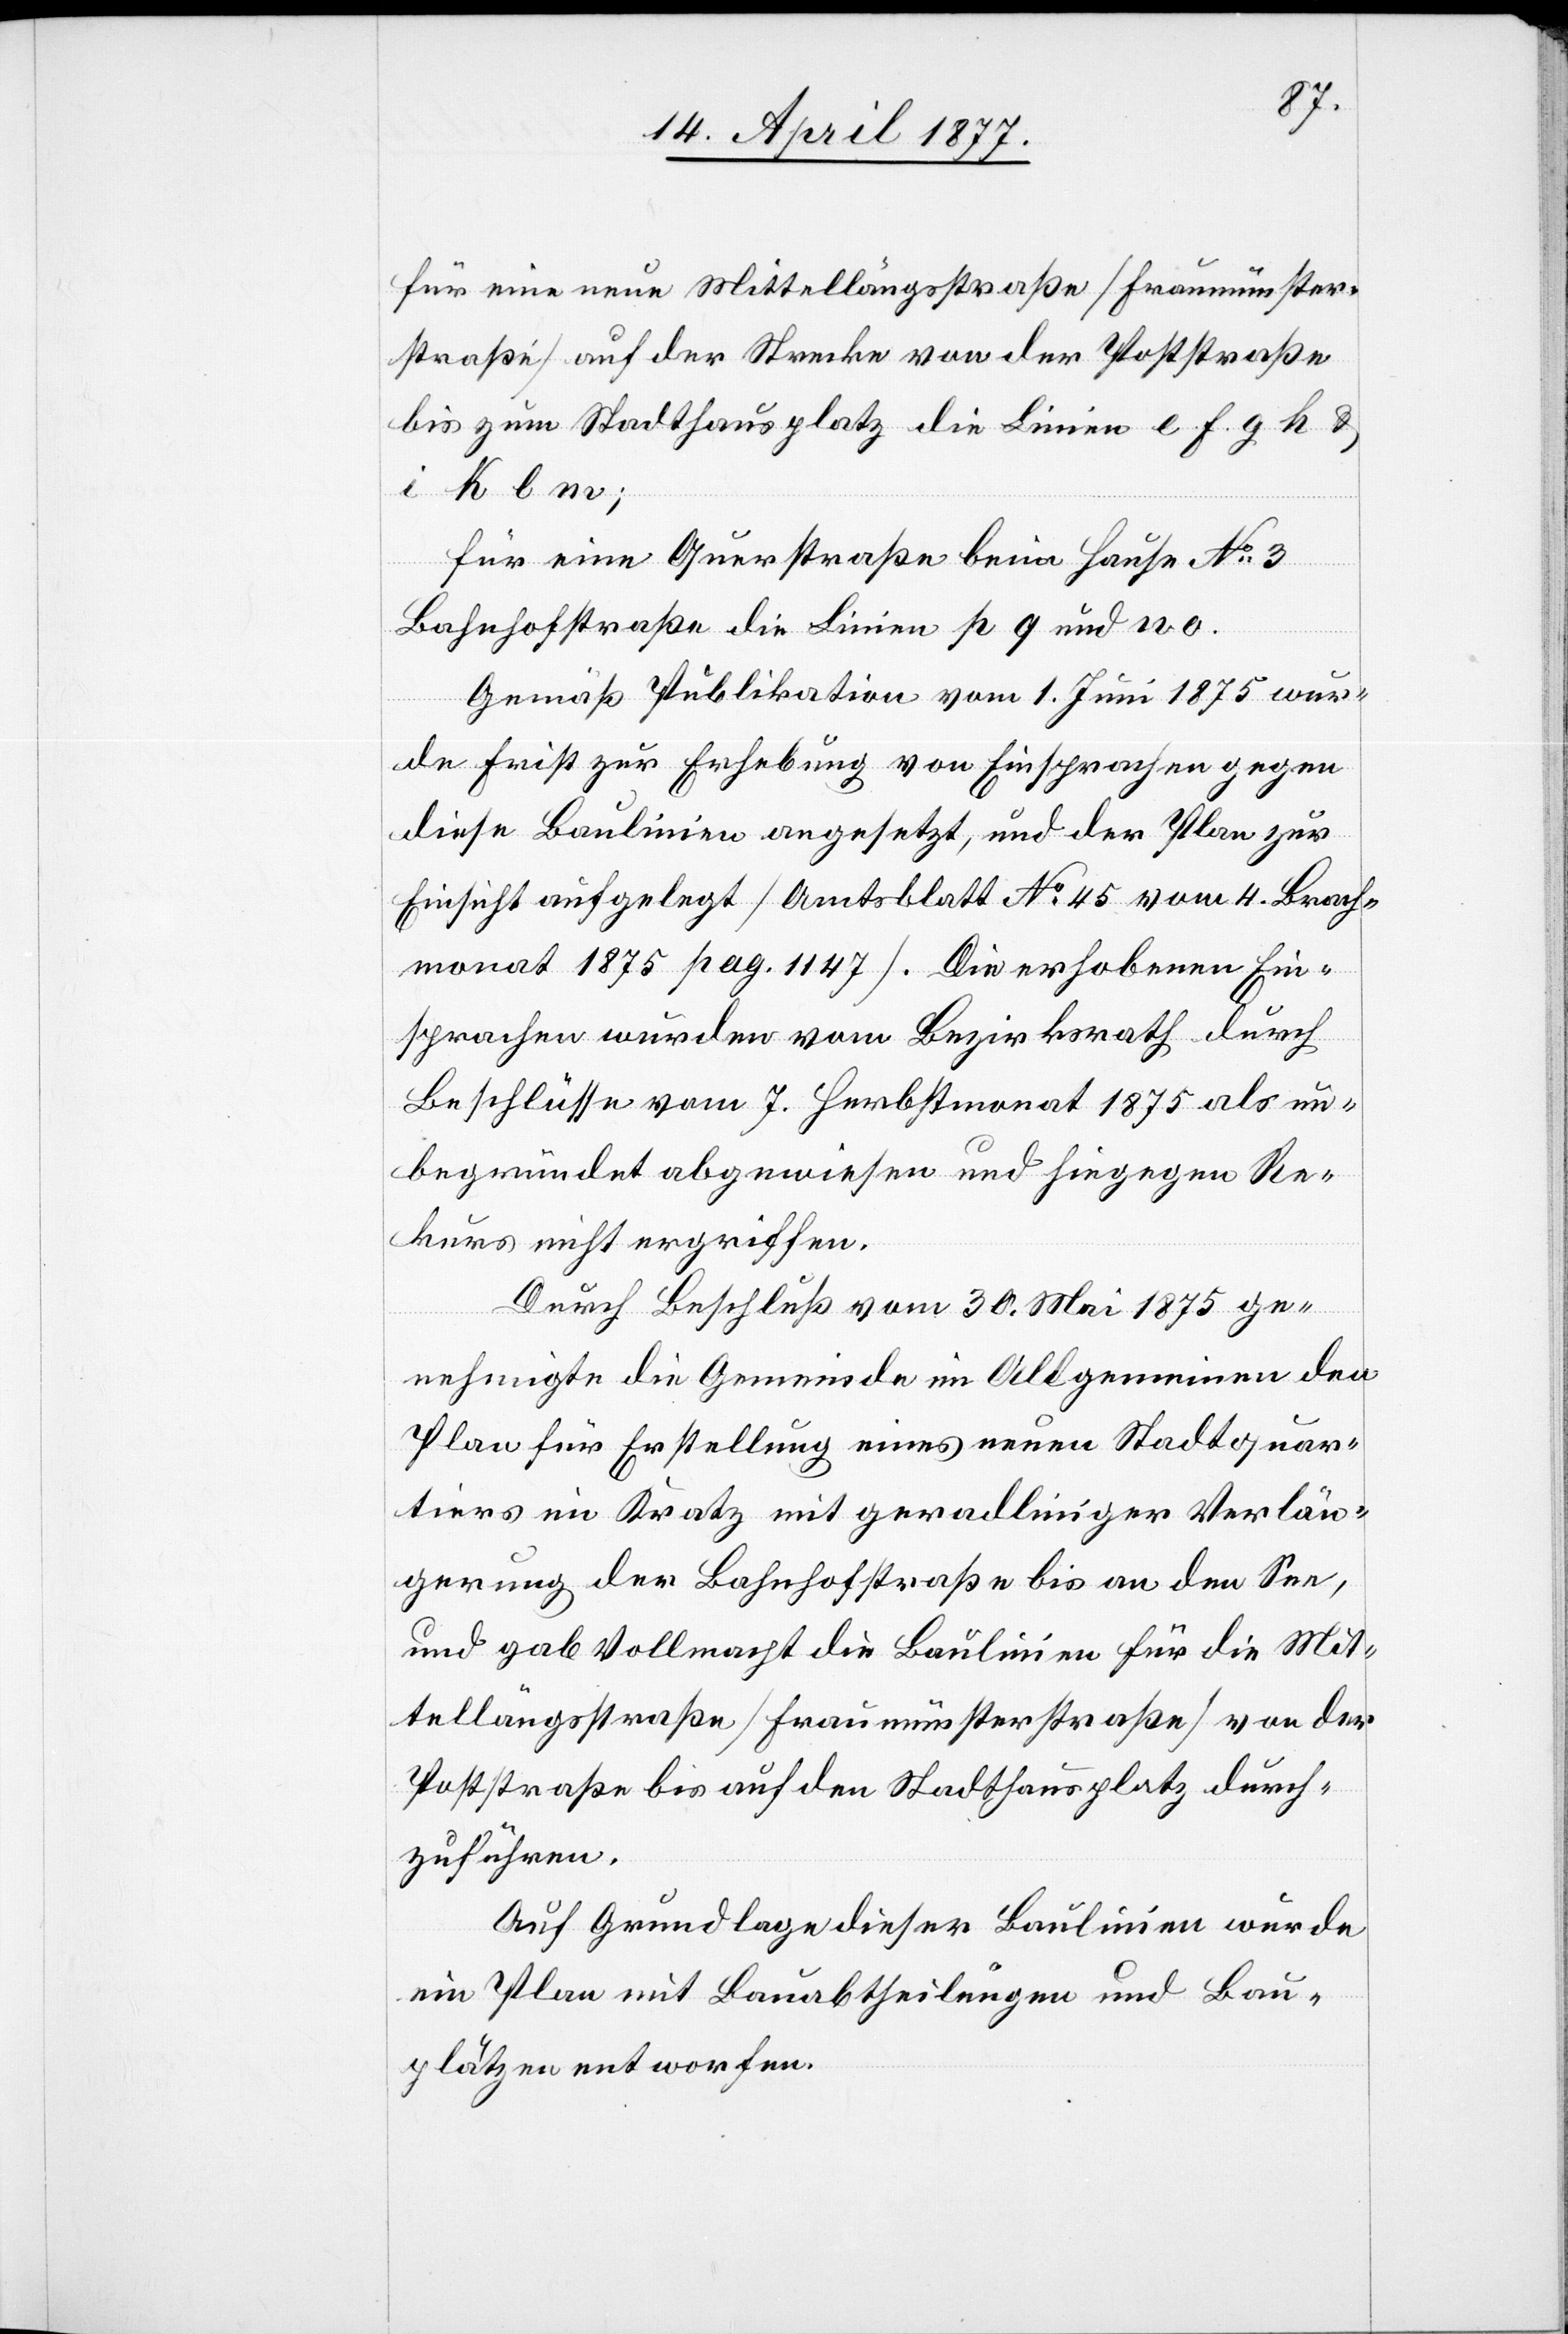
für eine neue Mittellängsstraße [Fraumünster¬
straße] auf der Strecke von der Poststraße
bis zum Stadthausplatz die Linien e. f. g. h. &
i. k. l. m;
für eine Querstraße beim Hause No 3
Bahnhofstraße die Linien p q und n o.
Gemäß Publikation vom 1. Juni 1875 wur¬
de Frist zur Erhebung von Einsprachen gegen
diese Baulinien angesetzt, und der Plan zur
Einsicht aufgelegt [Amtsblatt No 45 vom 4. Brach¬
monat 1875 pag. 1147]. Die erhobenen Ein¬
sprachen wurden vom Bezirksrath durch
Beschlüsse vom 7. Herbstmonat 1875 als un¬
begründet abgewiesen und hiegegen Re¬
kurs nicht ergriffen.
Durch Beschluß vom 30. Mai 1875 ge¬
nehmigte die Gemeinde im Allgemeinen den
Plan für Erstellung eines neuen Stadtquar¬
tiers im Kratz mit geradliniger Verlän¬
gerung der Bahnhofstraße bis an den See,
und gab Vollmacht die Baulinien für die Mit¬
tellängsstraße [Fraumünsterstraße] von der
Poststraße bis auf den Stadthausplatz durch¬
zuführen.
Auf Grundlage dieser Baulinien wurde
ein Plan mit Bauabtheilungen und Bau¬
plätzen entworfen.